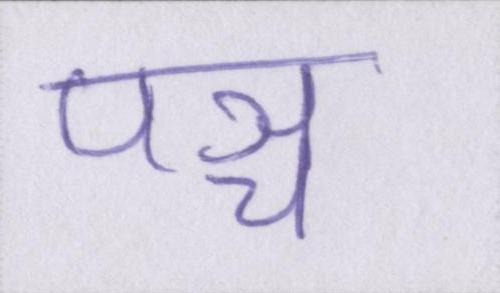
पञ्च